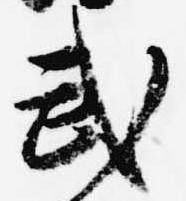
武